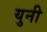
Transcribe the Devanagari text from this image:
युनी